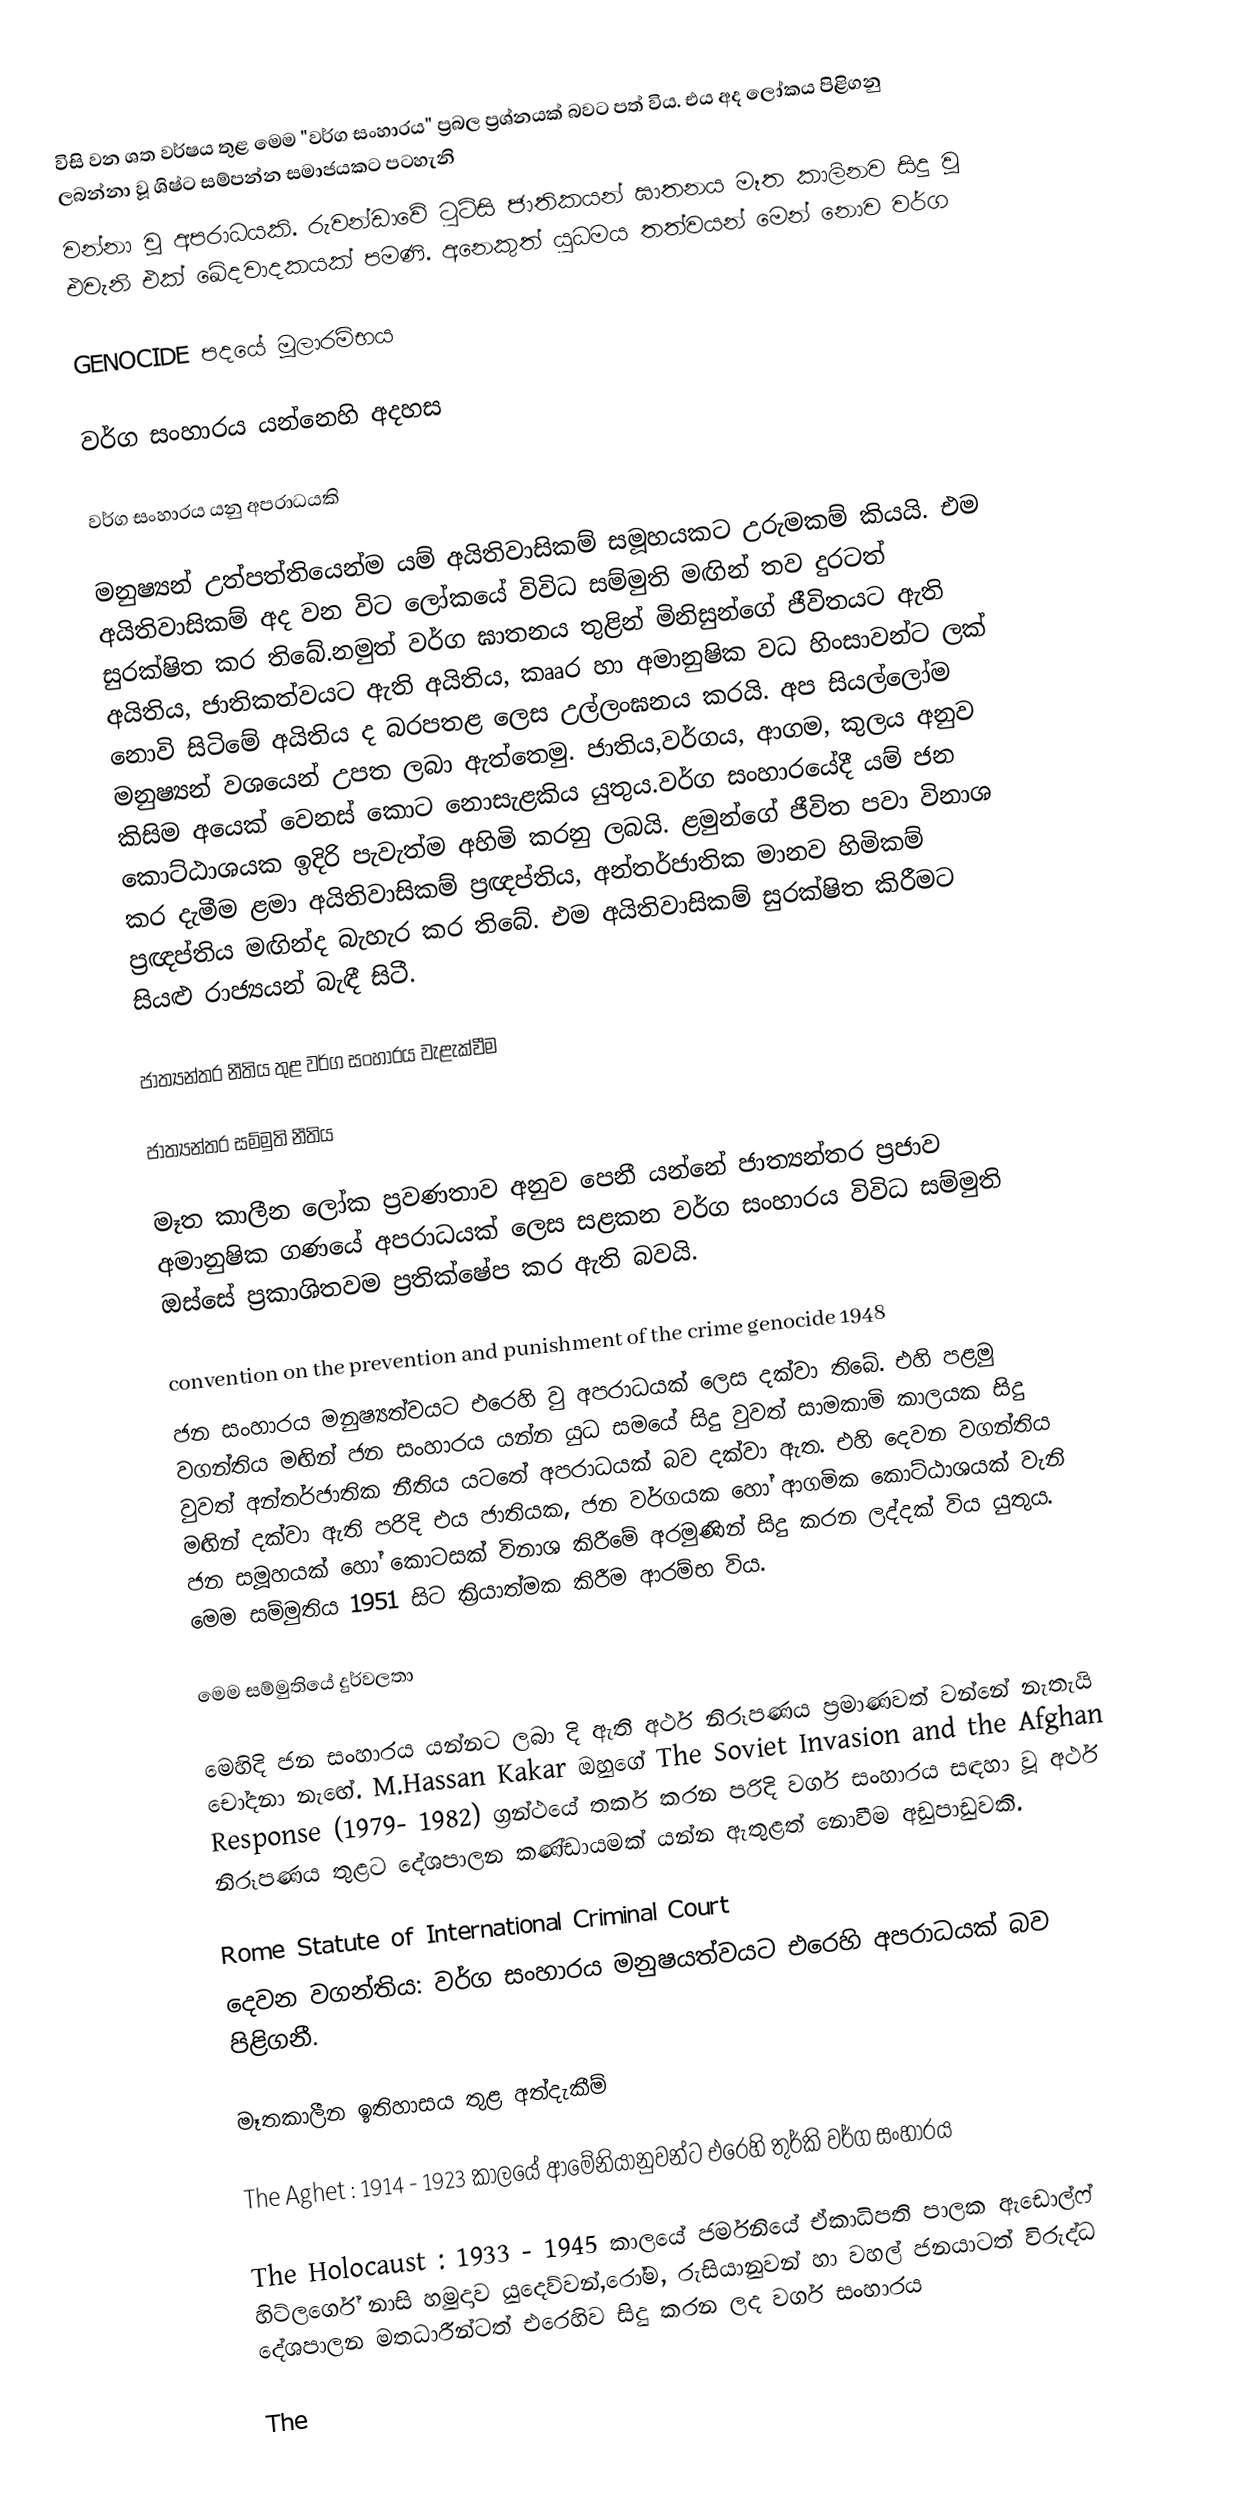
විසි වන ශත වර්ෂය තුළ මෙම "වර්ග සංහාරය" ප්‍රබල ප්‍රශ්නයක් බවට පත් විය. එය අද ලෝකය පිළිගනු ලබන්නා වූ ශිෂ්ට සම්පන්න සමාජයකට පටහැනි
වන්නා වූ අපරාධයකි. රුවන්ඩාවේ ටුට්සි ජාතිකයන් ඝාතනය මෑත කාලිනව සිදු වූ එවැනි එක් ඛේදවාදකයක් පමණි. අනෙකුත් යුධමය තත්වයන් මෙන් නොව වර්ග

GENOCIDE පදයේ මූලාරම්භය

වර්ග සංහාරය යන්නෙහි අදහස

වර්ග සංහාරය යනු අපරාධයකි

මනුෂ්‍යන් උත්පත්තියෙන්ම යම් අයිතිවාසිකම් සමූහයකට උරුමකම් කියයි. එම අයිතිවාසිකම් අද වන විට ලෝකයේ විවිධ සම්මුති මඟින් තව දුරටත් සුරක්ෂිත කර තිබේ.නමුත් වර්ග ඝාතනය තුළින් මිනිසුන්ගේ ජීවිතයට ඇති අයිතිය, ජාතිකත්වයට ඇති අයිතිය, කෲර හා අමානුෂික වධ හිංසාවන්ට ලක් නොවි සිටිමේ අයිතිය ද බරපතළ ලෙස උල්ලංඝනය කරයි. අප සියල්ලෝම මනුෂ්‍යන් වශයෙන් උපත ලබා ඇත්තෙමු. ජාතිය,වර්ගය, ආගම, කුලය අනුව කිසිම අයෙක් වෙනස් කොට නොසැළකිය යුතුය.වර්ග සංහාරයේදී යම් ජන කොට්ඨාශයක ඉදිරි පැවැත්ම අහිමි කරනු ලබයි. ළමුන්ගේ ජීවිත පවා විනාශ කර දැමීම ළමා අයිතිවාසිකම් ප්‍රඥප්තිය, අන්තර්ජාතික මානව හිමිකම් ප්‍රඥප්තිය මඟින්ද බැහැර කර තිබේ. එම අයිතිවාසිකම් සුරක්ෂිත කිරීමට සියළු රාජ්‍යයන් බැඳී සිටී.

ජාත්‍යන්තර නීතිය තුළ වර්ග සංහාරය වැළැක්වීම

ජාත්‍යන්තර සම්මුති නීතිය

මෑත කාලීන ලෝක ප්‍රවණතාව අනුව පෙනී යන්නේ ජාත්‍යන්තර ප්‍රජාව අමානුෂික ගණයේ අපරාධයක් ලෙස සළකන වර්ග සංහාරය විවිධ සම්මුති ඔස්සේ ප්‍රකාශිතවම ප්‍රතික්ෂේප කර ඇති බවයි.

 convention on the prevention and punishment of the crime genocide 1948
ජන සංහාරය මනුෂ්‍යත්වයට එරෙහි වු අපරාධයක් ලෙස දක්වා තිබේ. එහි පළමු වගන්තිය මඟින් ජන සංහාරය යන්න යුධ සමයේ සිදු වුවත් සාමකාමි කාලයක සිදු වුවත් අන්තර්ජාතික නීතිය යටතේ අපරාධයක් බව දක්වා ඇත. එහි දෙවන වගන්තිය මඟින් දක්වා ඇති පරිදි එය ජාතියක, ජන වර්ගයක හෝ ආගමික කොට්ඨාශයක් වැනි ජන සමූහයක් හෝ කොටසක් විනාශ කිරීමේ අරමුණින් සිදු කරන ලද්දක් විය යුතුය. මෙම සම්මුතිය 1951 සිට ක්‍රියාත්මක කිරීම ආරම්භ විය.

මෙම සම්මුතියේ දුර්වලතා

මෙහිදි ජන සංහාරය යන්නට ලබා දි ඇති අර්ථ නිරූපණය ප්‍රමාණවත් වන්නේ නැතැයි චෝදනා නැඟේ. M.Hassan Kakar ඔහුගේ The Soviet Invasion and the Afghan Response (1979- 1982) ග්‍රන්ථයේ තර්ක කරන පරිදි වර්ග සංහාරය සඳහා වූ අර්ථ නිරූපණය තුළට දේශපාලන කණ්ඩායමක් යන්න ඇතුළත් නොවීම අඩුපාඩුවකි.

 Rome Statute of International Criminal Court
දෙවන වගන්තිය: වර්ග සංහාරය මනුෂයත්වයට එරෙහි අපරාධයක් බව පිළිගනී.

මෑතකාලීන ඉතිහාසය තුළ අත්දැකීම්

 The Aghet : 1914 - 1923 කාලයේ ආමේනියානුවන්ට එරෙහි තුර්කි වර්ග සංහාරය

 The Holocaust : 1933 - 1945 කාලයේ ජර්මනියේ ඒකාධිපති පාලක ඇඩොල්ෆ් හිට්ලර්ගේ නාසි හමුදාව යුදෙව්වන්,රෝම, රුසියානුවන් හා වහල් ජනයාටත් විරුද්ධ දේශපාලන මතධාරීන්ටත් එරෙහිව සිදු කරන ලද වර්ග සංහාරය

 The